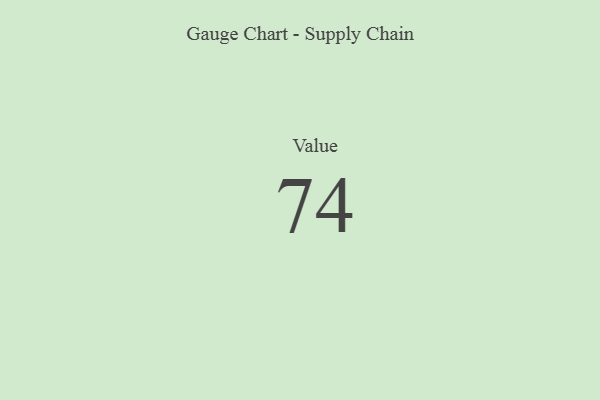
{"axis": {"x": "Metric", "y": "Value"}, "legend": [""], "data": [{"x": "Value", "y": 74, "type": ""}]}